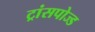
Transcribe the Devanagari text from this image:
ट्रांसपोज्ड